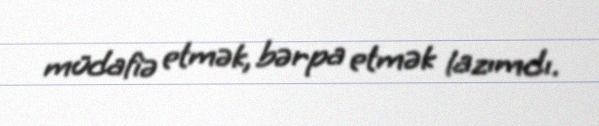
müdafiə etmək, bərpa etmək lazımdı.